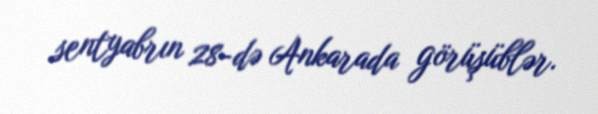
sentyabrın 28-də Ankarada görüşüblər.